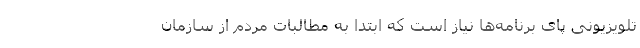
تلویزیونی پای برنامه‌ها نیاز است که ابتدا به مطالبات مردم از سازمان